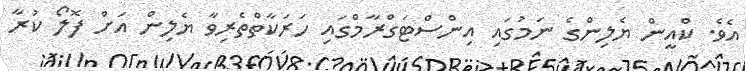
އެވެ. ކްއީން ޔެލިންގެ ނަމުގައި އިންސްޓަގްރާމްގައި ހަރަކާތްތެރިވާ ޔެލިން އަށް ފޮލޯ ކުރާ